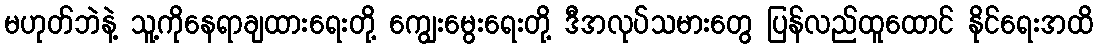
မဟုတ်ဘဲနဲ့ သူ့ကိုနေရာချထားရေးတို့ ကျွေးမွေးရေးတို့ ဒီအလုပ်သမားတွေ ပြန်လည်ထူထောင် နိုင်ရေးအထိ